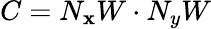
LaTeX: C={N}_{\mathbf{x}}W\cdot{{N}_{y}}W